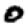
Digit: 0